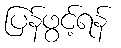
ပြန်ဖွင့်ရန်